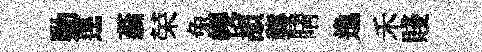
勦逕蓊荣兔幌頡襲睛逸禾賤